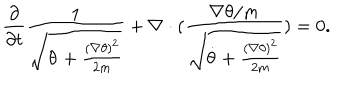
LaTeX: \frac { \partial } { \partial t } \frac { 1 } { \sqrt { \dot { \theta } + \frac { ( \nabla \theta ) ^ { 2 } } { 2 m } } } + \nabla \cdot ( \frac { \nabla \theta / m } { \sqrt { \dot { \theta } + \frac { ( \nabla \theta ) ^ { 2 } } { 2 m } } } ) = 0 .